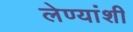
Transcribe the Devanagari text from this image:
लेण्यांशी